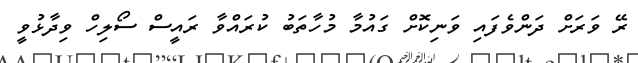
ރޭ ވަރަށް ދަންވެފައި ވަނިކޮށް ގައުމާ މުހާތަބު ކުރައްވާ ރައީސް ސޯލިހް ވިދާޅުވީ